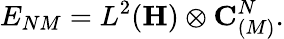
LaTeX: E_{NM}=L^{2}({\mathbf H})\otimes{\mathbf C}_{(M)}^{N}.